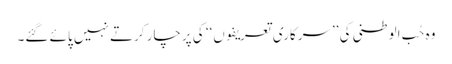
وہ حُب الوطنی کی ’’سرکاری تعریفوں‘‘ کی پرچار کرتے نہیں پائے گئے۔